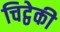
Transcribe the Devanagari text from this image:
चिट्ठेकी